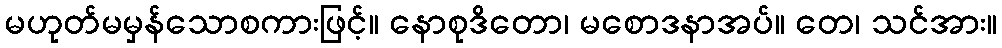
မဟုတ်မမှန်သောစကားဖြင့်။ နောစုဒိတော၊ မစောဒနာအပ်။ တေ၊ သင်အား။